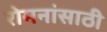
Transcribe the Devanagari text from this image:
रोमनांसाठी